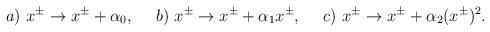
LaTeX: \begin{align*}a)~ x^{\pm}\rightarrow x^{\pm}+\alpha_0,~~~~b)~ x^{\pm}\rightarrow x^{\pm}+{\alpha_1}x^{\pm},~~~~c)~ x^{\pm}\rightarrow{x^{\pm}}+\alpha_2(x^{\pm})^2.\end{align*}